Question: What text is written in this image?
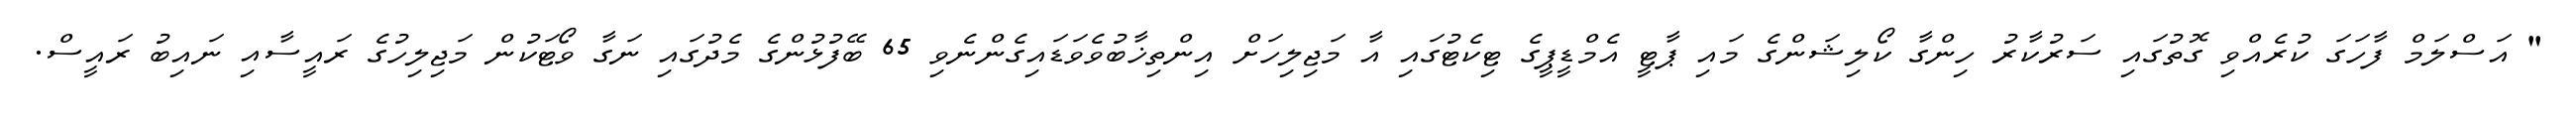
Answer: " އަސްލަމް ފާހަގަ ކުރެއްވި ގޮތުގައި ސަރުކާރު ހިންގާ ކޯލިޝަންގެ މައި ޕާޓީ އެމްޑީޕީގެ ޓިކެޓުގައި އާ މަޖިލިހަށް އިންތިޚާބުވެވަޑައިގެންނެވި 65 ބޭފުޅުންގެ މެދުގައި ނަގާ ވޯޓަކުން މަޖިލިހުގެ ރައީސާއި ނައިބު ރައީސް.